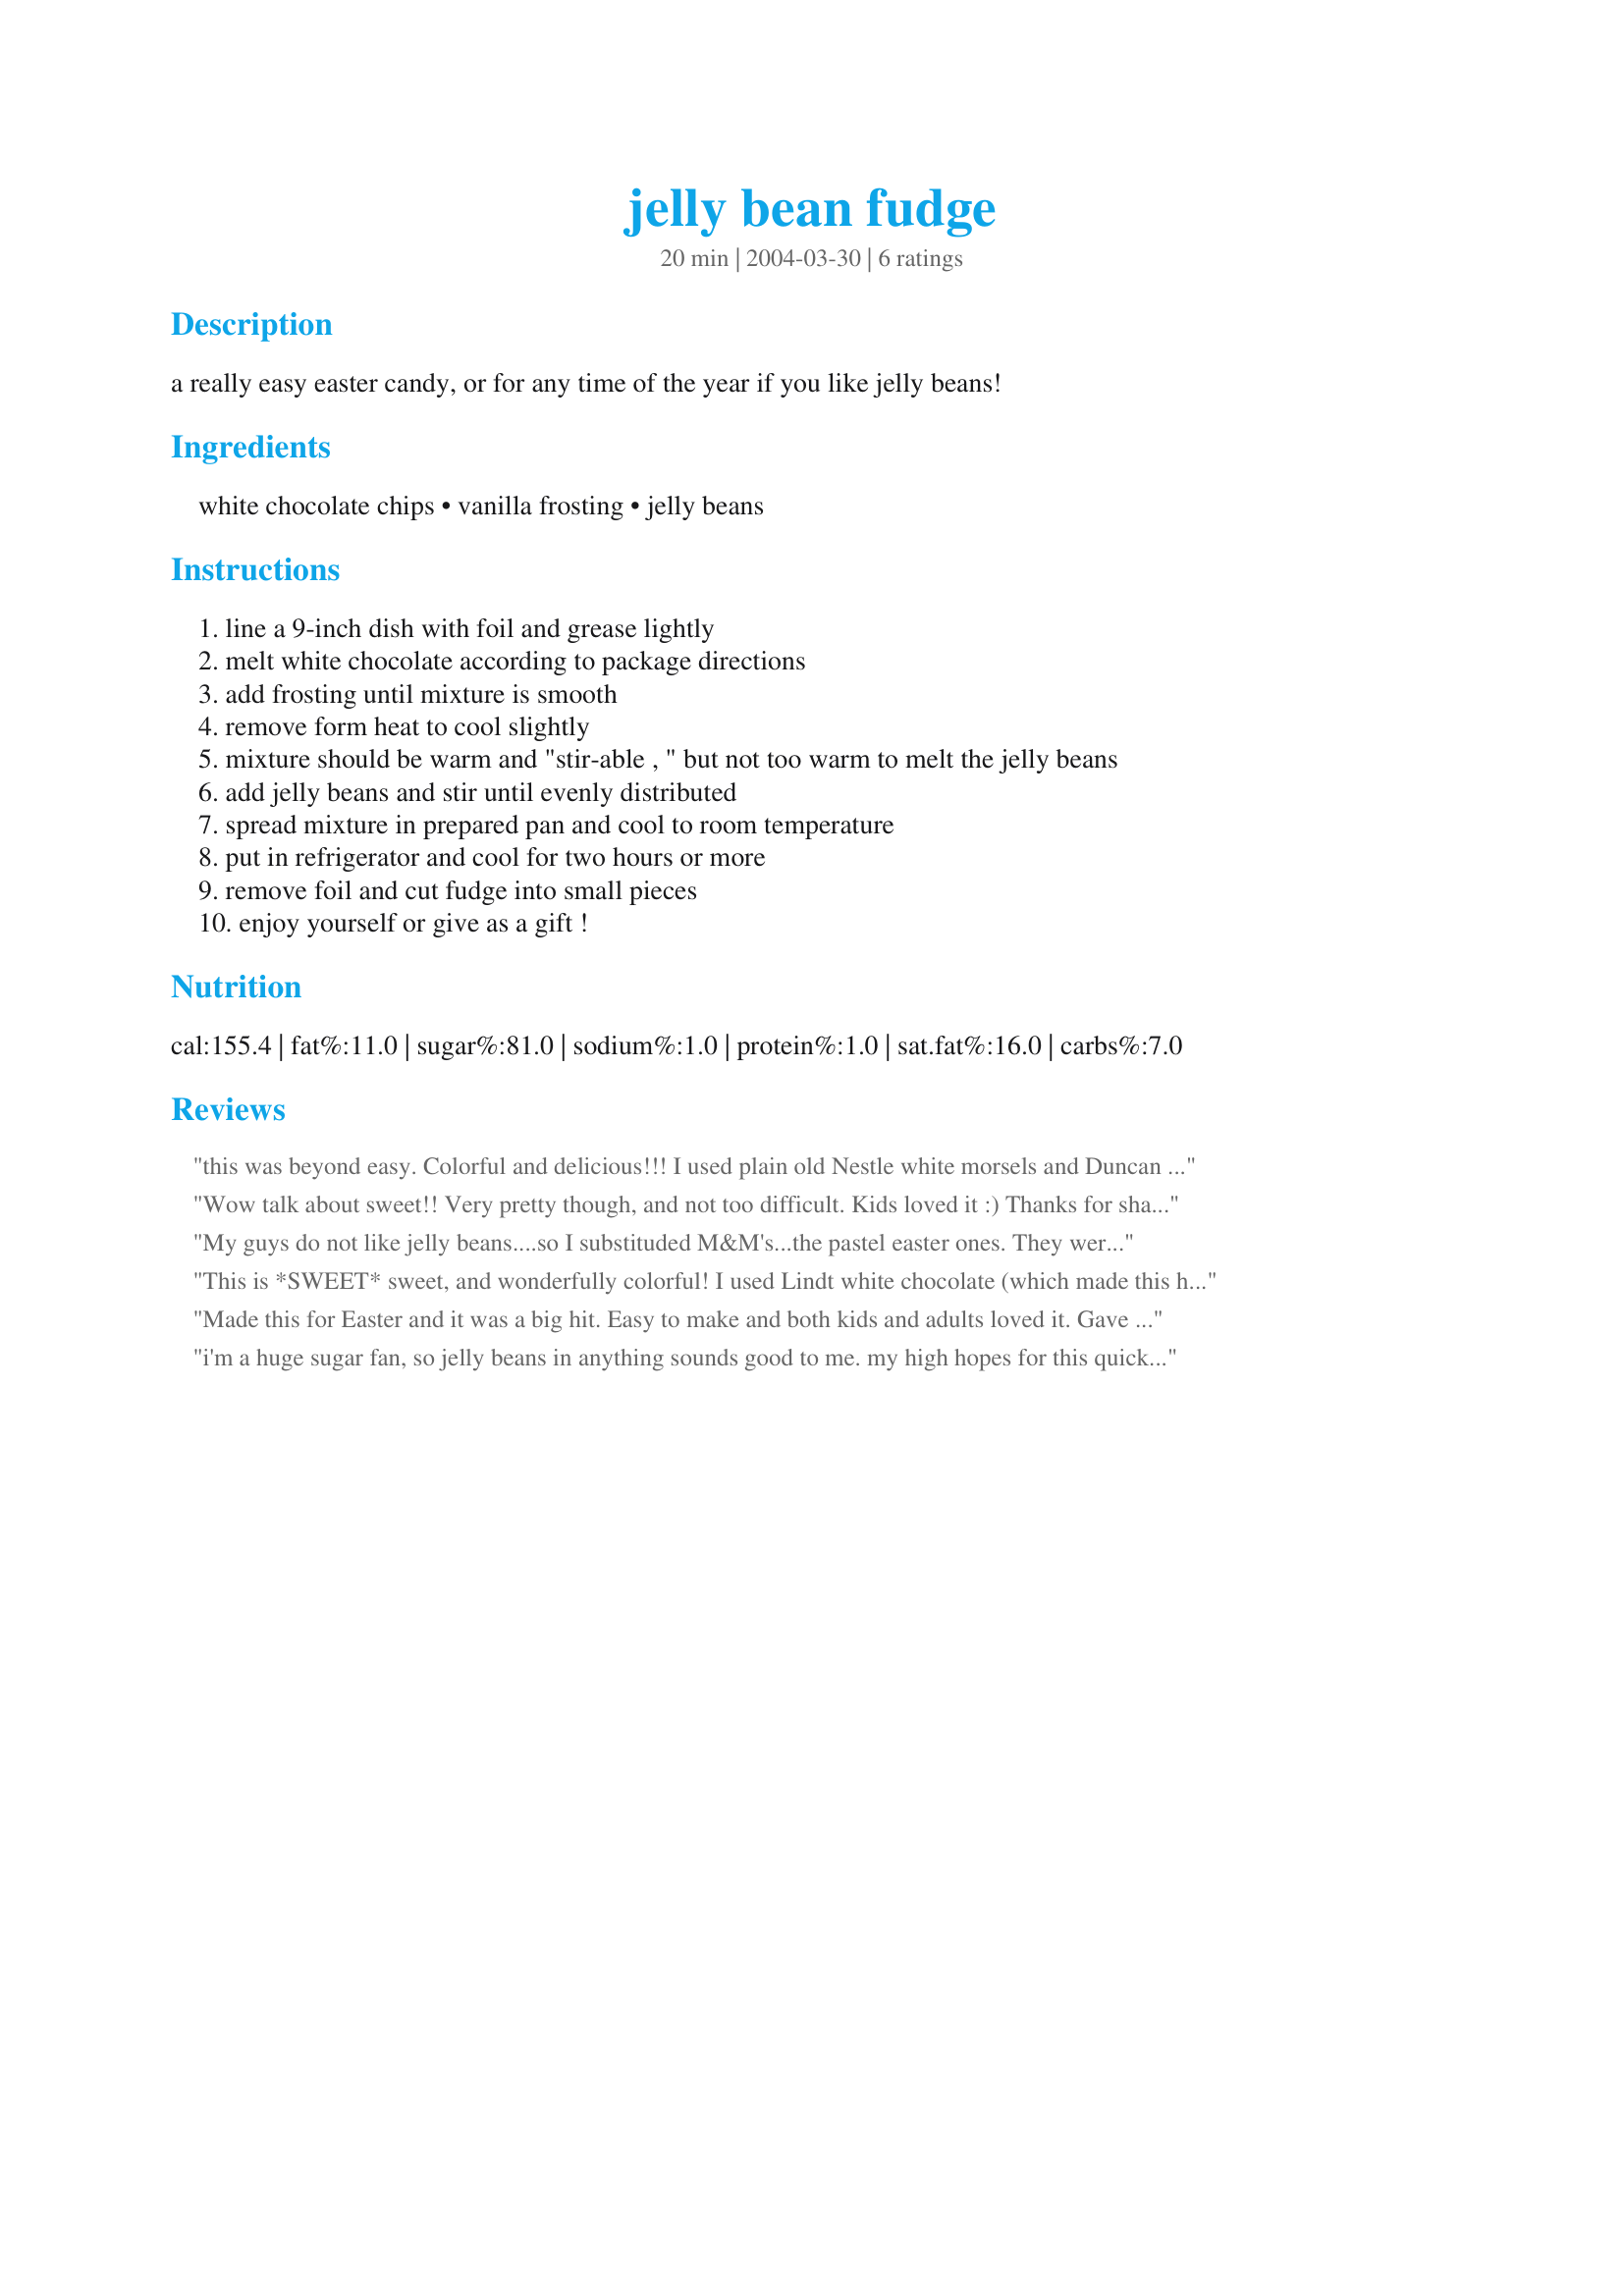
jelly bean fudge
Preparation time: 20 minutes

a really easy easter candy, or for any time of the year if you like jelly beans!

Ingredients:
white chocolate chips, vanilla frosting, jelly beans

Steps:
line a 9-inch dish with foil and grease lightly
melt white chocolate according to package directions
add frosting until mixture is smooth
remove form heat to cool slightly
mixture should be warm and "stir-able , " but not too warm to melt the jelly beans
add jelly beans and stir until evenly distributed
spread mixture in prepared pan and cool to room temperature
put in refrigerator and cool for two hours or more
remove foil and cut fudge into small pieces
enjoy yourself or give as a gift !

Reviews:
this was beyond easy. Colorful and delicious!!! I used plain old Nestle white morsels and Duncan Hines frosting and Jelly Belly jelly beans. Great for an Easter Party, but in my mind jelly beans are an all year treat. Your recipe is great and easy and yum!!!!
Wow talk about sweet!! Very pretty though, and not too difficult. Kids loved it :) Thanks for sharing!
My guys do not like jelly beans....so I substituded M&M's...the pastel easter ones. They were in seventh heaven!!! A very easy recipe to put together. It would probably be good with choclate chips, chocolate frosting and jelly beans/m&m's also
This is *SWEET* sweet, and wonderfully colorful! I used Lindt white chocolate (which made this have an ivory hue and a smooth, rich taste), and Jelly Belly jelly beans (which are perfectly sized to suspend in the mixture). By the end of our weekly "American Idol" party (!!!) there was none left......and I will definately be making some more for Easter! Thanks for such a whimsical and highly edible recipe;)
Made this for Easter and it was 
a big hit. Easy to make and both
kids and adults loved it. Gave out
the recipe three times. Thanks for a simple and great recipe.
i'm a huge sugar fan, so jelly beans in anything sounds good to me. my high hopes for this quick and easy recipe may be the source of my disappointment. it wasn't awful, but not something i would make again.
